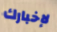
لإخبارك